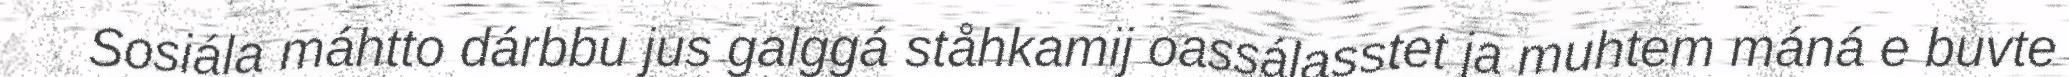
Sosiála máhtto dárbbu jus galggá ståhkamij oassálasstet ja muhtem máná e buvte